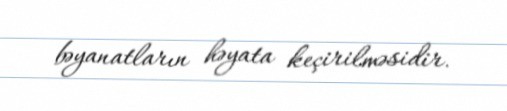
bəyanatların həyata keçirilməsidir.